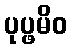
ပုပ္ဖမိဝ